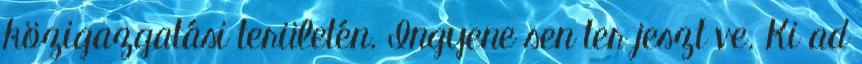
közigazgatási területén. Ingyene sen ter jeszt ve. Ki ad